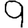
Digit: 9